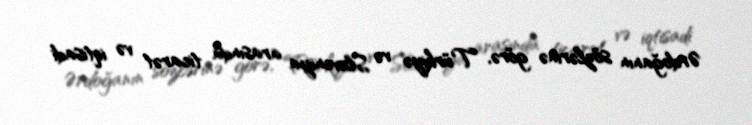
Ərdoğanın sözlərinə görə, Türkiyə və Sloveniya arasında ticarət və iqtisadi